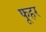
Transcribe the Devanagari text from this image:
फूहर